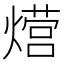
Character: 𮳸